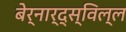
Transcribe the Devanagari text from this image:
बेर्नार्द्स्विल्ल